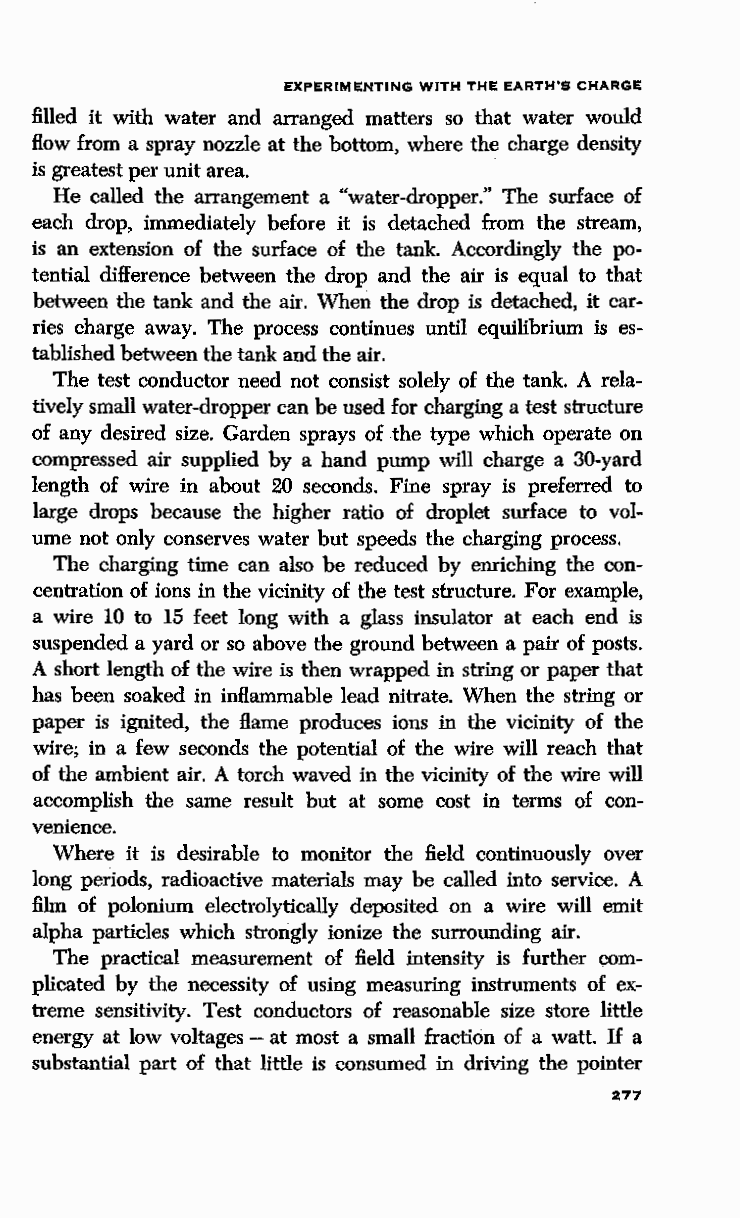
EXPERIMENTING WITH THE EARTH'S CHARGE
 filled it with water and arranged matters so that water would
 flow from a spray nozzle at the bottom, where the charge density
 is greatest per unit area.
 He called the arrangement a "water-dropper." The surface of
 each drop, immediately before it is detached from the stream,
 is an extension of the surface of the tank. Accordingly the po
 tential difference between the drop and the air is equal to that
 between the tank and the air. When the drop is detached, it car
 ries charge away. The process continues until equilibrium is es
 tablished between the tank and the air.
 The test conductor need not consist solely of the tank. A rela
 tively small water-dropper can be used for charging a test structure
 of any desired size. Garden sprays of the type which operate on
 compressed air supplied by a hand pump will charge a 30-yard
 length of wire in about 20 seconds. Fine spray is preferred to
 large drops because the higher ratio of droplet surface to vol
 ume not only conserves water but speeds the charging process.
 The charging time can also be reduced by enriching the con
 centration of ions in the vicinity of the test structure. For example,
 a wire 10 to 15 feet long with a glass insulator at each end is
 suspended a yard or so above the ground between a pair of posts.
 A short length of the wire is then wrapped in string or paper that
 has been soaked in inflammable lead nitrate. When the string or
 paper is ignited, the flame produces ions in the vicinity of the
 wire; in a few seconds the potential of the wire will reach that
 of the ambient air. A torch waved in the vicinity of the wire will
 accomplish the same result but at some cost in terms of con
 venience.
 Where it is desirable to monitor the field continuously over
 long periods, radioactive materials may be called into service. A
 film of polonium electrolytically deposited on a wire will emit
 alpha particles which strongly ionize the surrounding air.
 The practical measurement of field intensity is further com
 plicated by the necessity of using measuring instruments of ex
 treme sensitivity. Test conductors of reasonable size store little
 energy at low voltages - at most a small fraction of a watt. If a
 substantial part of that little is consumed in driving the pointer
 277